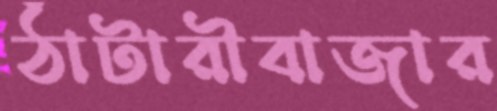
ঠাঁটারীবাজার